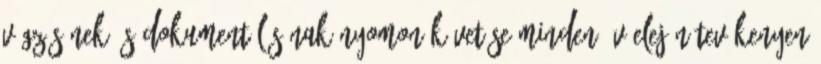
végzésének és dokumentálásának nyomon követése Minden év elején tevékenyen